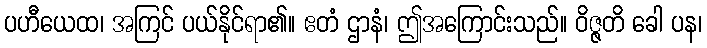
ပဟီယေထ၊ အကြင် ပယ်နိုင်ရာ၏။ ဧတံ ဌာနံ၊ ဤအကြောင်းသည်။ ဝိဇ္ဇတိ ခေါ ပန၊